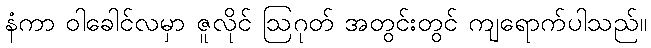
နံကာ ဝါခေါင်လမှာ ဇူလိုင် ဩဂုတ် အတွင်းတွင် ကျရောက်ပါသည်။